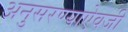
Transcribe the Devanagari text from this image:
अनुसरण्‍याऐवजी